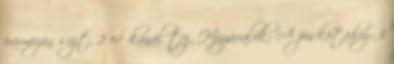
parmezán sajt, 2 evőkanál tej. Hozzávalók: A piskótához: 3